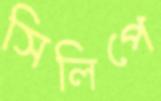
সিলিপে